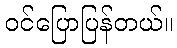
ဝင်ပြောပြန်တယ်။